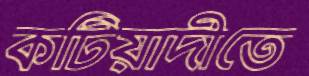
কটিয়াদীতে